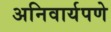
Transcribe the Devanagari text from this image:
अनिवार्यपणे